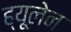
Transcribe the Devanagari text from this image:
ह्यूलेन